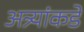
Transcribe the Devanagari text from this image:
अत्र्यांकडे